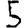
Digit: 5